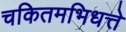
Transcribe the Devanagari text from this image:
चकितमभिधत्ते